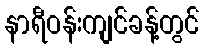
နာရီဝန်းကျင်ခန့်တွင်